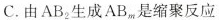
C.由 AB_{2} 生成 AB_{m} 是缩聚反应